Source: Handwritten
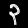
Digit: ၃ (3)